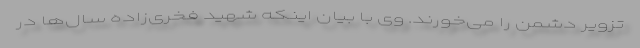
تزویر دشمن را می‌خورند. وی با بیان اینکه شهید فخری‌زاده سال‌ها در